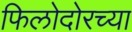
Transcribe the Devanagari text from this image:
फिलोदोरच्या